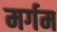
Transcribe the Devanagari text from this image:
मर्गम